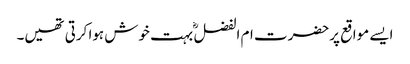
ایسے مواقع پرحضرت ام الفضل ؓ بہت خوش ہوا کرتی تھیں۔